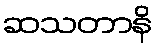
ဆသတာနိ